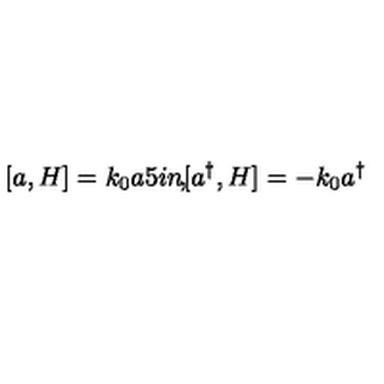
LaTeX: [ a , H ] = k _ { 0 } a \makebox [ . 5 i n ] { , } [ a ^ { \dagger } , H ] = - k _ { 0 } a ^ { \dagger }